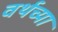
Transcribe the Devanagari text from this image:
वर्थच्या